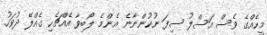
މީހެއްގެ ވެސް އަސްލު ސިފަ ނުކުންނާނެ އެންމެ ލޯބިވާ އެއްޗެހި ގެއްލޭ ދުވަހު.